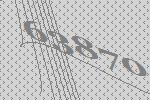
63870